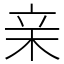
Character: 亲